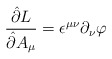
\begin{align*}\frac{\hat\partial L}{\hat\partial A_\mu}=\epsilon^{\mu\nu}\partial_\nu \varphi\end{align*}